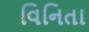
વિનિતા